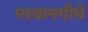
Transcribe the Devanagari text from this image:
परवानगीचे